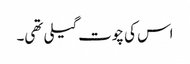
اس کی چوت گیلی تھی۔